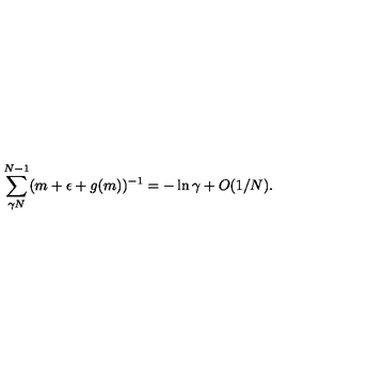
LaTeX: \sum _ { \gamma N } ^ { N - 1 } ( m + \epsilon + g ( m ) ) ^ { - 1 } = - \ln \gamma + O ( 1 / N ) .